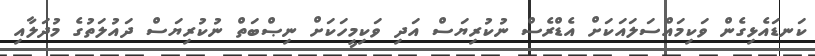
ކަނޑައެޅިގެން ވަކިމައްސަލައަކަށް އެޑްރެސް ނުކުރިޔަސް އަދި ވަކިމީހަކަށް ނިޞްބަތް ނުކުރިޔަސް ދައުލަތުގެ މުދަލާއި